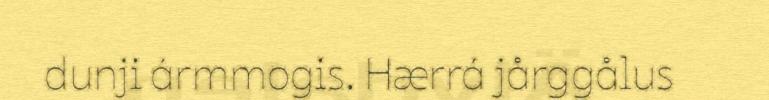
dunji ármmogis. Hærrá jårggålus